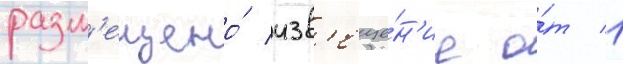
разм'ещено́ изв'еще́н'ие о́т 1